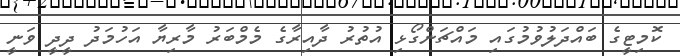
ކޮމިޓީގެ ބައްދަލުވުމުގައި މައްޗަންގޯޅި އުތުރު ދާއިރާގެ މެމްބަރު މާރިޔާ އަހުމަދު ދީދީ ވަނީ